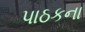
પાઠકના